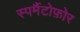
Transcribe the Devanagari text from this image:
स्पर्मैटोफ़ोर